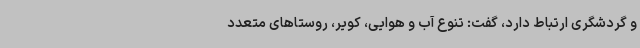
و گردشگری ارتباط دارد، گفت: تنوع آب و هوایی، کویر، روستاهای متعدد